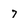
Character: 7